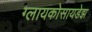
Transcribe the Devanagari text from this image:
ग्लायकोसायडेझ